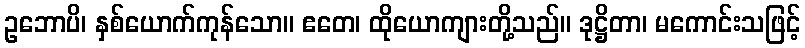
ဥဘောပိ၊ နှစ်ယောက်ကုန်သော။ ဧတေ၊ ထိုယောကျားတို့သည်။ ဒုဋ္ဌိတာ၊ မကောင်းသဖြင့်